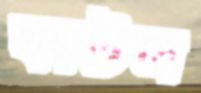
কাটল